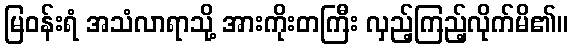
မြဝန်းရံ အသံလာရာသို့ အားကိုးတကြီး လှည့်ကြည့်လိုက်မိ၏။